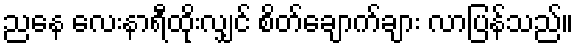
ညနေ လေးနာရီထိုးလျှင် စိတ်ချောက်ချား လာပြန်သည်။